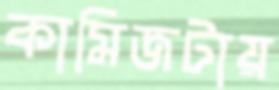
কামিজটায়